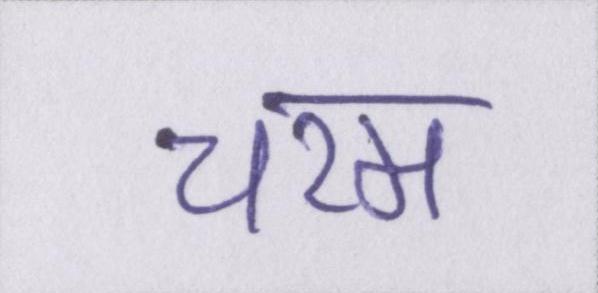
चरम